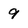
Character: 9